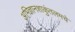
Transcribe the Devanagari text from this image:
अभिज्ञानशाकुंतलमचे